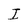
Character: I